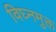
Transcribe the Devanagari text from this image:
विघ्नमुक्त